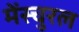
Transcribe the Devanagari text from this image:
मेंस्चुरल